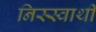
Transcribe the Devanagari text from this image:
निस्स्वार्थी